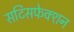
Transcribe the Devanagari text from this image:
सटिसफेक्शन